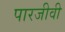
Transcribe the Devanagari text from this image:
पारजीवी